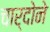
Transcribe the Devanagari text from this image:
चार्दोने